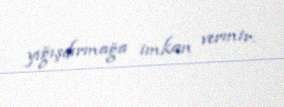
yığışdırmağa imkan vermir.